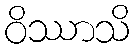
ဝိဿာသိ